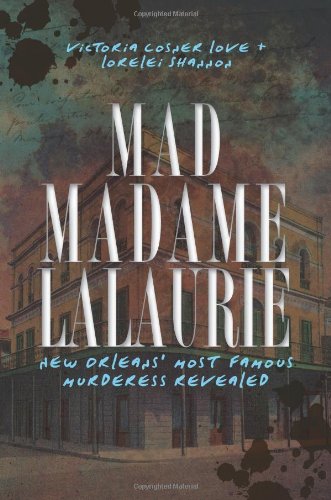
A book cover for Mad Madame LaLaurie:: New Orleans' Most Famous Murderress Revealed (True Crime); Victoria Cosner Love; Biographies & Memoirs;